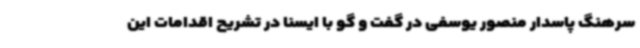
سرهنگ پاسدار منصور یوسفی در گفت و گو با ایسنا در تشریح اقدامات این